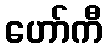
ဟော်ကီ